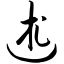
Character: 述